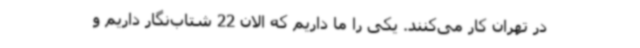
در تهران کار می‌کنند. یکی را ما داریم که الان 22 شتاب‌نگار داریم و